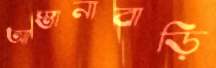
আস্তানাবাড়ি